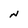
Character: N